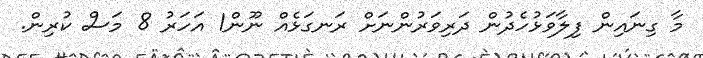
މާ ގިނައިން ފިލާވަޅުހެދުން ދަރިވަރުންނަށް ރަނގަޅެއް ނޫން1 އަހަރު 8 މަސް ކުރިން.